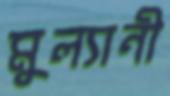
মুল্যানী